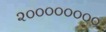
૨૦૦૦૦૦૦૦૦